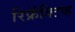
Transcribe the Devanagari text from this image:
रिफ्रॅक्‍टिव्ह